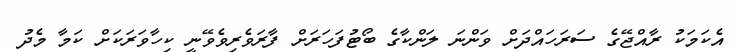
އެކަމަކު ރާއްޖޭގެ ސަރަހައްދަށް ވަންނަ ލަންކާގެ ބޯޓުފަހަރަށް ފާރަވެރިވެވޭނީ ކިހާވަރަކަށް ކަމާ މެދު